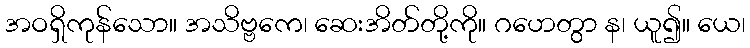
အဝရှိကုန်သော။ အသိဗ္ဗကေ၊ ဆေးအိတ်တို့ကို။ ဂဟေတွာ န၊ ယူ၍။ ယေ၊